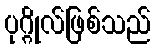
ပုဂ္ဂိုလ်ဖြစ်သည်